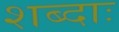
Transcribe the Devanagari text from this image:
शब्दाः